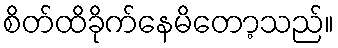
စိတ်ထိခိုက်နေမိတော့သည်။